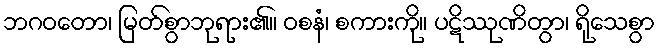
ဘဂဝတော၊ မြတ်စွာဘုရား၏။ ဝစနံ၊ စကားကို။ ပဋိဿုဏိတွာ၊ ရိုသေစွာ